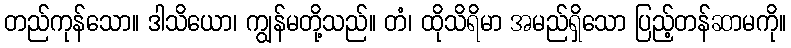
တည်ကုန်သော။ ဒါသိယော၊ ကျွန်မတို့သည်။ တံ၊ ထိုသိရိမာ အမည်ရှိသော ပြည့်တန်ဆာမကို။